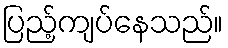
ပြည့်ကျပ်နေသည်။